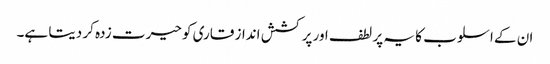
ان کے اسلوب کا یہ پر لطف اور پر کشش انداز قاری کو حیرت زدہ کر دیتا ہے۔